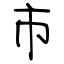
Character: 市